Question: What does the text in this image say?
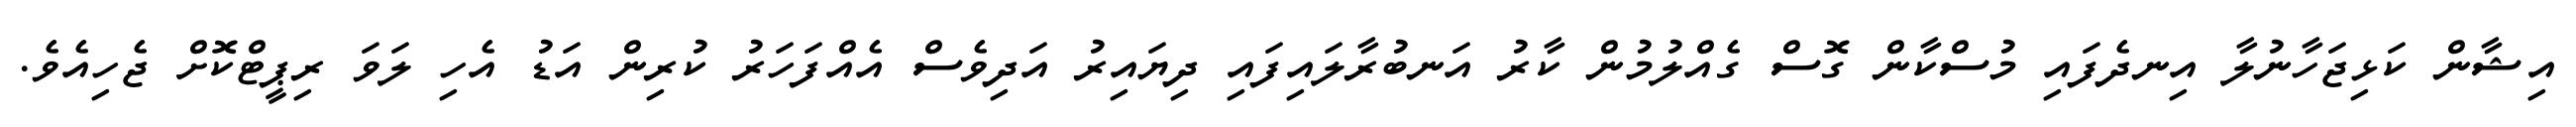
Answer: އިޝާން ކަޅިޖަހާނުލާ އިނދެފައި މުސްކާން ގޮސް ގެއްލުމުން ކާރު އަނބުރާލައިފައި ދިޔައިރު އަދިވެސް އެއްފަހަރު ކުރިން އަޑު އެހި ލަވަ ރިޕީޓްކޮށް ޖެހިއެވެ.